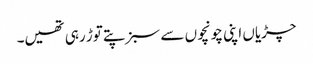
چڑیاں اپنی چونچوں سے سبز پتے توڑ رہی تھیں۔